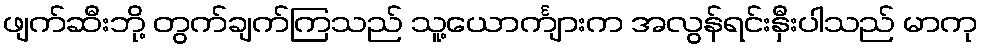
ဖျက်ဆီးဘို့ တွက်ချက်ကြသည် သူ့ယောင်္ကျားက အလွန်ရင်းနှီးပါသည် မာကု